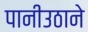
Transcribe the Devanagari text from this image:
पानीउठाने